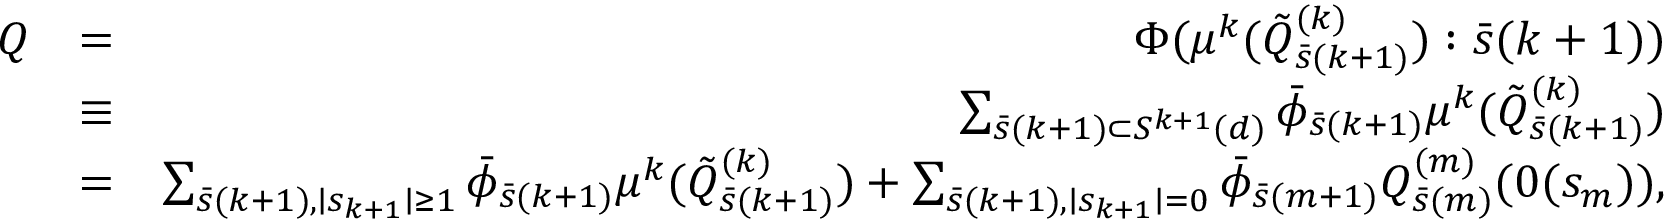
\begin{array} { r l r } { Q } & { = } & { \Phi ( \mu ^ { k } ( \tilde { Q } _ { \bar { s } ( k + 1 ) } ^ { ( k ) } ) : \bar { s } ( k + 1 ) ) } \\ & { \equiv } & { \sum _ { \bar { s } ( k + 1 ) \subset { \cal S } ^ { k + 1 } ( d ) } \bar { \phi } _ { \bar { s } ( k + 1 ) } \mu ^ { k } ( \tilde { Q } _ { \bar { s } ( k + 1 ) } ^ { ( k ) } ) } \\ & { = } & { \sum _ { \bar { s } ( k + 1 ) , \mid s _ { k + 1 } \mid \geq 1 } \bar { \phi } _ { \bar { s } ( k + 1 ) } \mu ^ { k } ( \tilde { Q } _ { \bar { s } ( k + 1 ) } ^ { ( k ) } ) + \sum _ { \bar { s } ( k + 1 ) , \mid s _ { k + 1 } \mid = 0 } \bar { \phi } _ { \bar { s } ( m + 1 ) } Q _ { \bar { s } ( m ) } ^ { ( m ) } ( 0 ( s _ { m } ) ) , } \end{array}